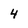
Character: 4